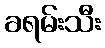
ခရမ်းသီး